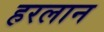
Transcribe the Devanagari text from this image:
हरलान